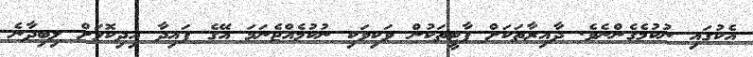
އެކުގައި ނުކުމެގެންނެވެ. ދާއިރާތަކަށް ޕާޓީތަކުން ވަކިވަކި ނުކުމެއްޖެނަމަ އޭގެ ފައިދާ އިދިކޮޅަށް ލިބިދާނެ